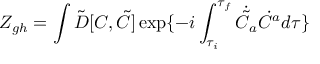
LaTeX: Z _ { g h } = \int \tilde { D } [ C , \tilde { C } ] \exp \{ - i \int _ { \tau _ { i } } ^ { \tau _ { f } } { } \dot { \tilde { C } } _ { a } \dot { C } ^ { a } { } d \tau \}